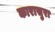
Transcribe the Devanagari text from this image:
कारासुरा